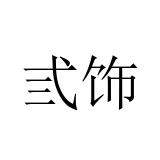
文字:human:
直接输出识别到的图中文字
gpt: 弎饰